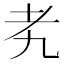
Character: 𬚉